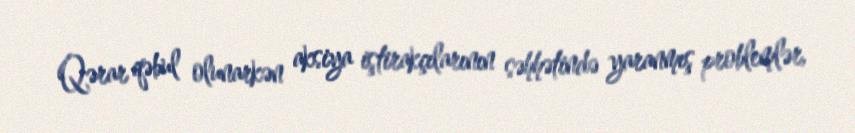
Qərar qəbul olunarkən aksiya iştirakçılarının səhhətində yaranmış problemlər,